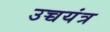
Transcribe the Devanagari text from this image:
उच्चयंत्र